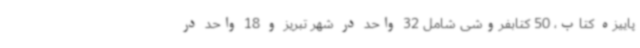
پاییزه کتاب، 50 کتابفروشی شامل 32 واحد در شهر تبریز و 18 واحد در